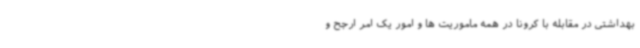
بهداشتی در مقابله با کرونا در همه ماموریت ها و امور یک امر ارجح و